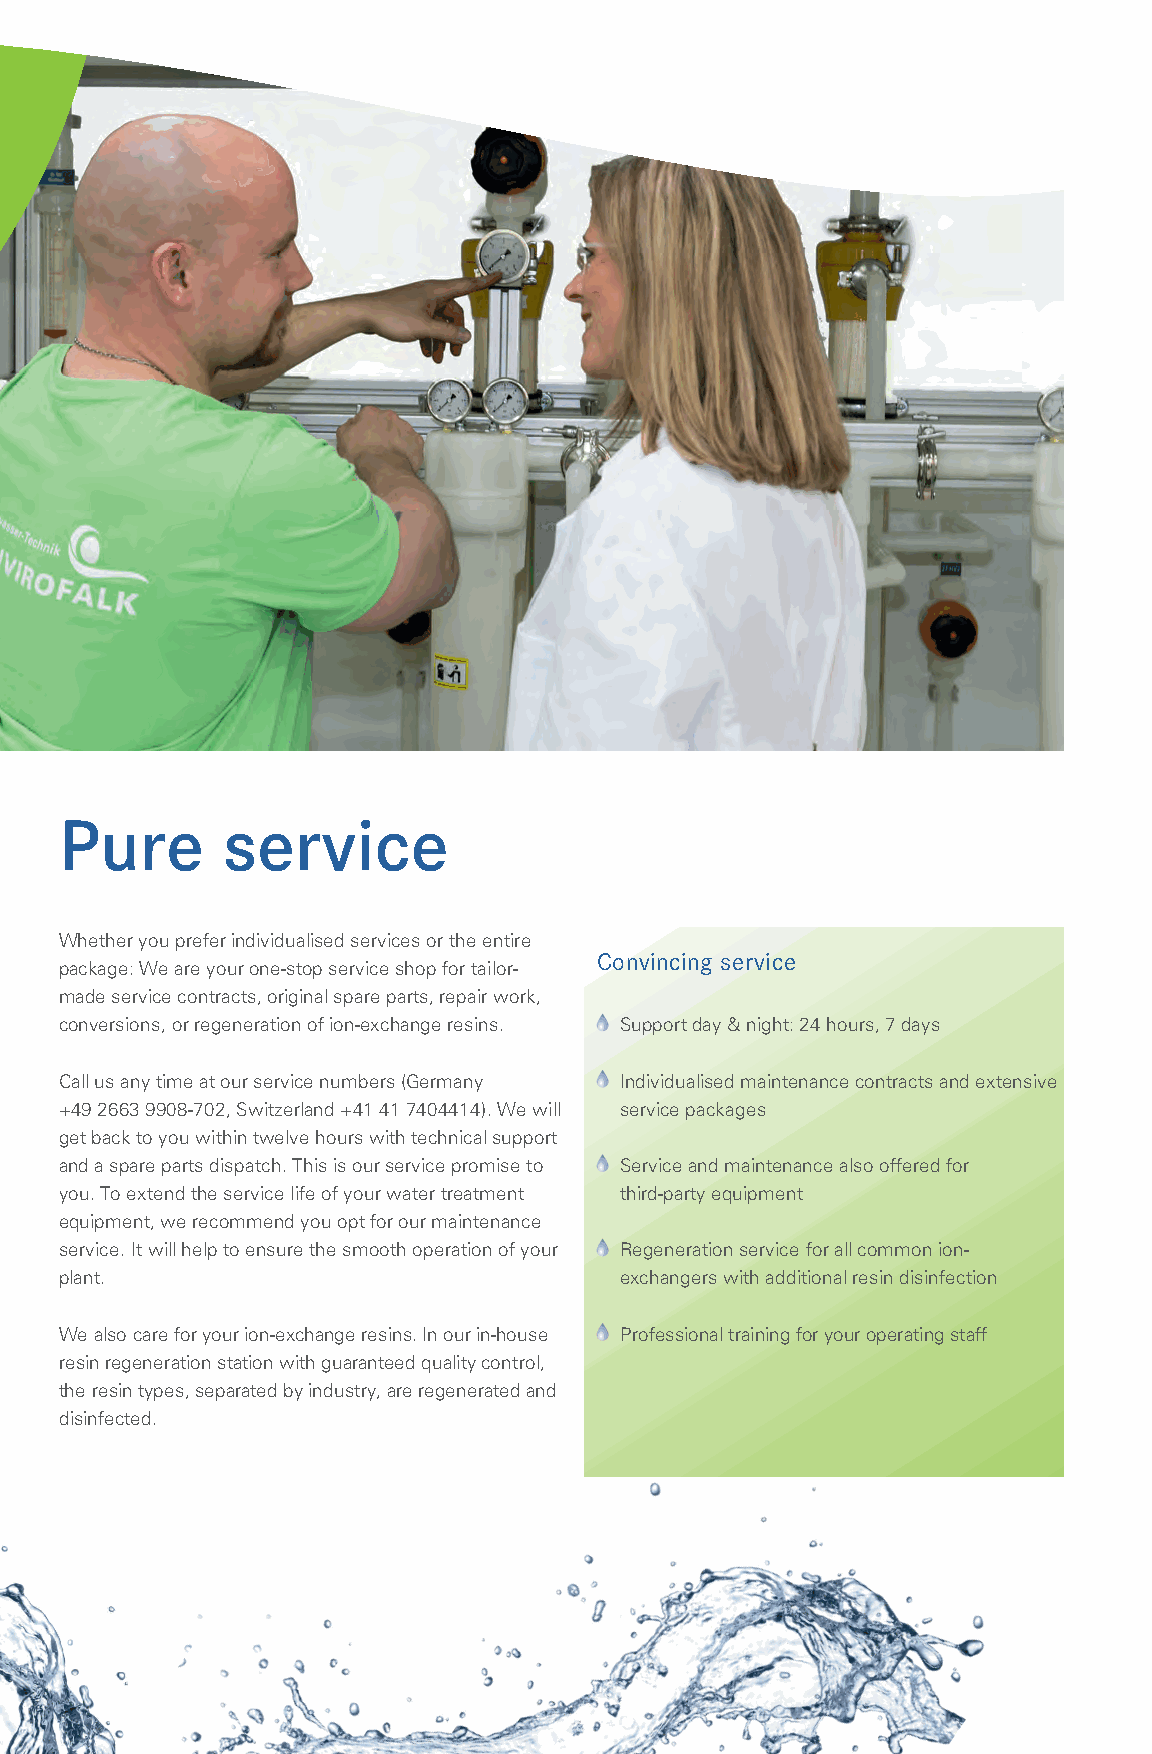
Pure       service
 Whether you prefer individualised services or the entire
 Convincing service
 package: We are your one-stop service shop for tailor-
 made service contracts, original spare parts, repair work,
 conversions, or regeneration of ion-exchange resins. Support day & night: 24 hours, 7 days
 Call us any time at our service numbers (Germany Individualised maintenance contracts and extensive
 +49 2663 9908-702, Switzerland +41 41 7404414). We will service packages
 get back to you within twelve hours with technical support
 and a spare parts dispatch. This is our service promise to Service and maintenance also offered for
 you. To extend the service life of your water treatment third-party equipment
 equipment, we recommend you opt for our maintenance
 service. It will help to ensure the smooth operation of your Regeneration service for all common ion-
 plant.                               exchangers with additional resin disinfection
 We also care for your ion-exchange resins. In our in-house Professional training for your operating staff
 resin regeneration station with guaranteed quality control,
 the resin types, separated by industry, are regenerated and
 disinfected.